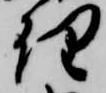
理